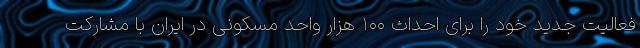
فعالیت جدید خود را برای احداث ۱۰۰ هزار واحد مسکونی در ایران با مشارکت